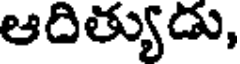
ఆదిత్యుడు,